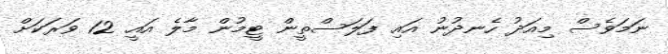
ނަމަވެސް މިއަދު ހެނދުނު އައި ފަލަސްތީން ޓީމުން މާލެ އައީ 12 ވަރަކަށް